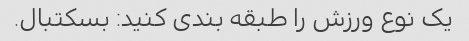
یک نوع ورزش را طبقه بندی کنید: بسکتبال.